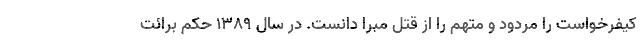
کیفرخواست را مردود و متهم را از قتل مبرا دانست. در سال ۱۳۸۹ حکم برائت